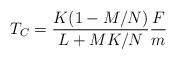
LaTeX: \begin{align*}T_C=\frac{K(1-M/N)}{L+MK/N}\frac{F}{m}\end{align*}